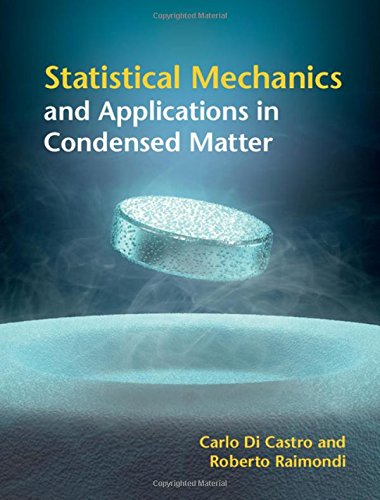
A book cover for Statistical Mechanics and Applications in Condensed Matter; Carlo Di Castro; Science & Math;